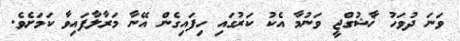
ވަނަ ދުވަހު ޚާޝުގްޖީ ވަނުމާ އެކު ކަރުގައި ހިފައިގެން އޭނާ މަރާލާފައިވާ ކަމަށެވެ.